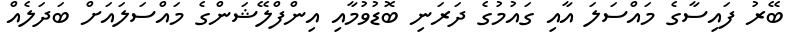
ބޭރު ފައިސާގެ މައްސަލަ އާއި ގައުމުގެ ދަރަނި ބޮޑުވުމާއި އިންފްލޭޝަންގެ މައްސަލައަށް ބަދަލެއް